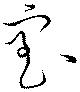
室